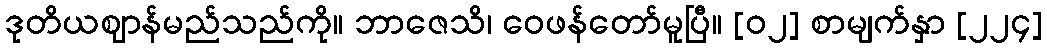
ဒုတိယဈာန်မည်သည်ကို။ ဘာဇေသိ၊ ဝေဖန်တော်မူပြီ။ [၀၂] စာမျက်နှာ [၂၂၄]